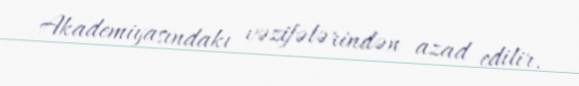
Akademiyasındakı vəzifələrindən azad edilir.